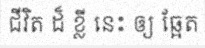
ជីវិត ដ៏ ខ្លី នេះ ឲ្យ ឆ្អែត